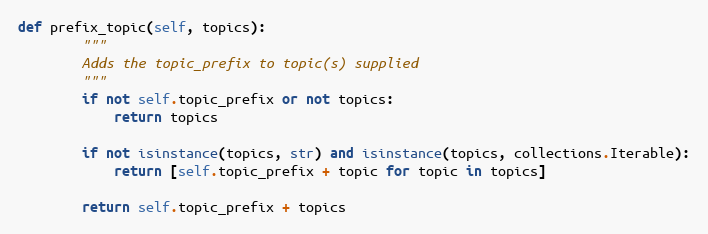
Language: Python
def prefix_topic(self, topics):
        """
        Adds the topic_prefix to topic(s) supplied
        """
        if not self.topic_prefix or not topics:
            return topics

        if not isinstance(topics, str) and isinstance(topics, collections.Iterable):
            return [self.topic_prefix + topic for topic in topics]

        return self.topic_prefix + topics